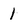
Character: 1